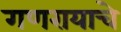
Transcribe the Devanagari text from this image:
गणरायाचे